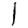
Digit: 1